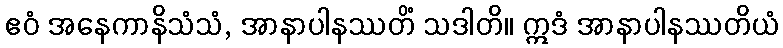
ဧဝံ အနေကာနိသံသံ, အာနာပါနဿတိံ သဒါတိ။ ဣဒံ အာနာပါနဿတိယံ